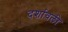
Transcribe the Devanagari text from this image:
दर्शावली